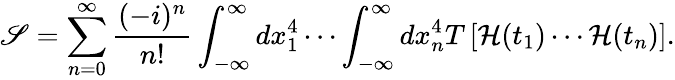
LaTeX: \mathscr{S}=\sum_{n=0}^{\infty}{\frac{{(-i)^{n}}}{{n!}}}\int_{-\infty}^{\infty}dx_{1}^{4}\cdots\int_{-\infty}^{\infty}dx_{n}^{4}T\left[{\mathcal{{H}}}(t_{1})\cdots{\mathcal{{H}}}(t_{n})\right].